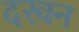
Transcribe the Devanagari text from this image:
दरवन